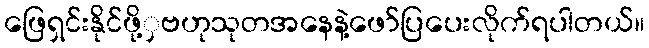
ဖြေရှင်းနိုင်ဖို့ှဗဟုသုတအနေနဲ့ဖော်ပြပေးလိုက်ရပါတယ်။